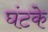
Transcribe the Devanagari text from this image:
घंटके